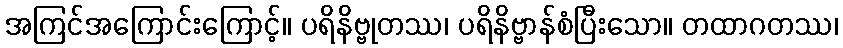
အကြင်အကြောင်းကြောင့်။ ပရိနိဗ္ဗုတဿ၊ ပရိနိဗ္ဗာန်စံပြီးသော။ တထာဂတဿ၊